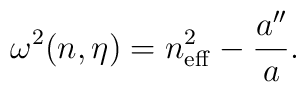
\omega ^2(n,\eta )=n_{\rm eff}^2-\frac{a''}{a}.